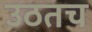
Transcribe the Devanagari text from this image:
उठतच